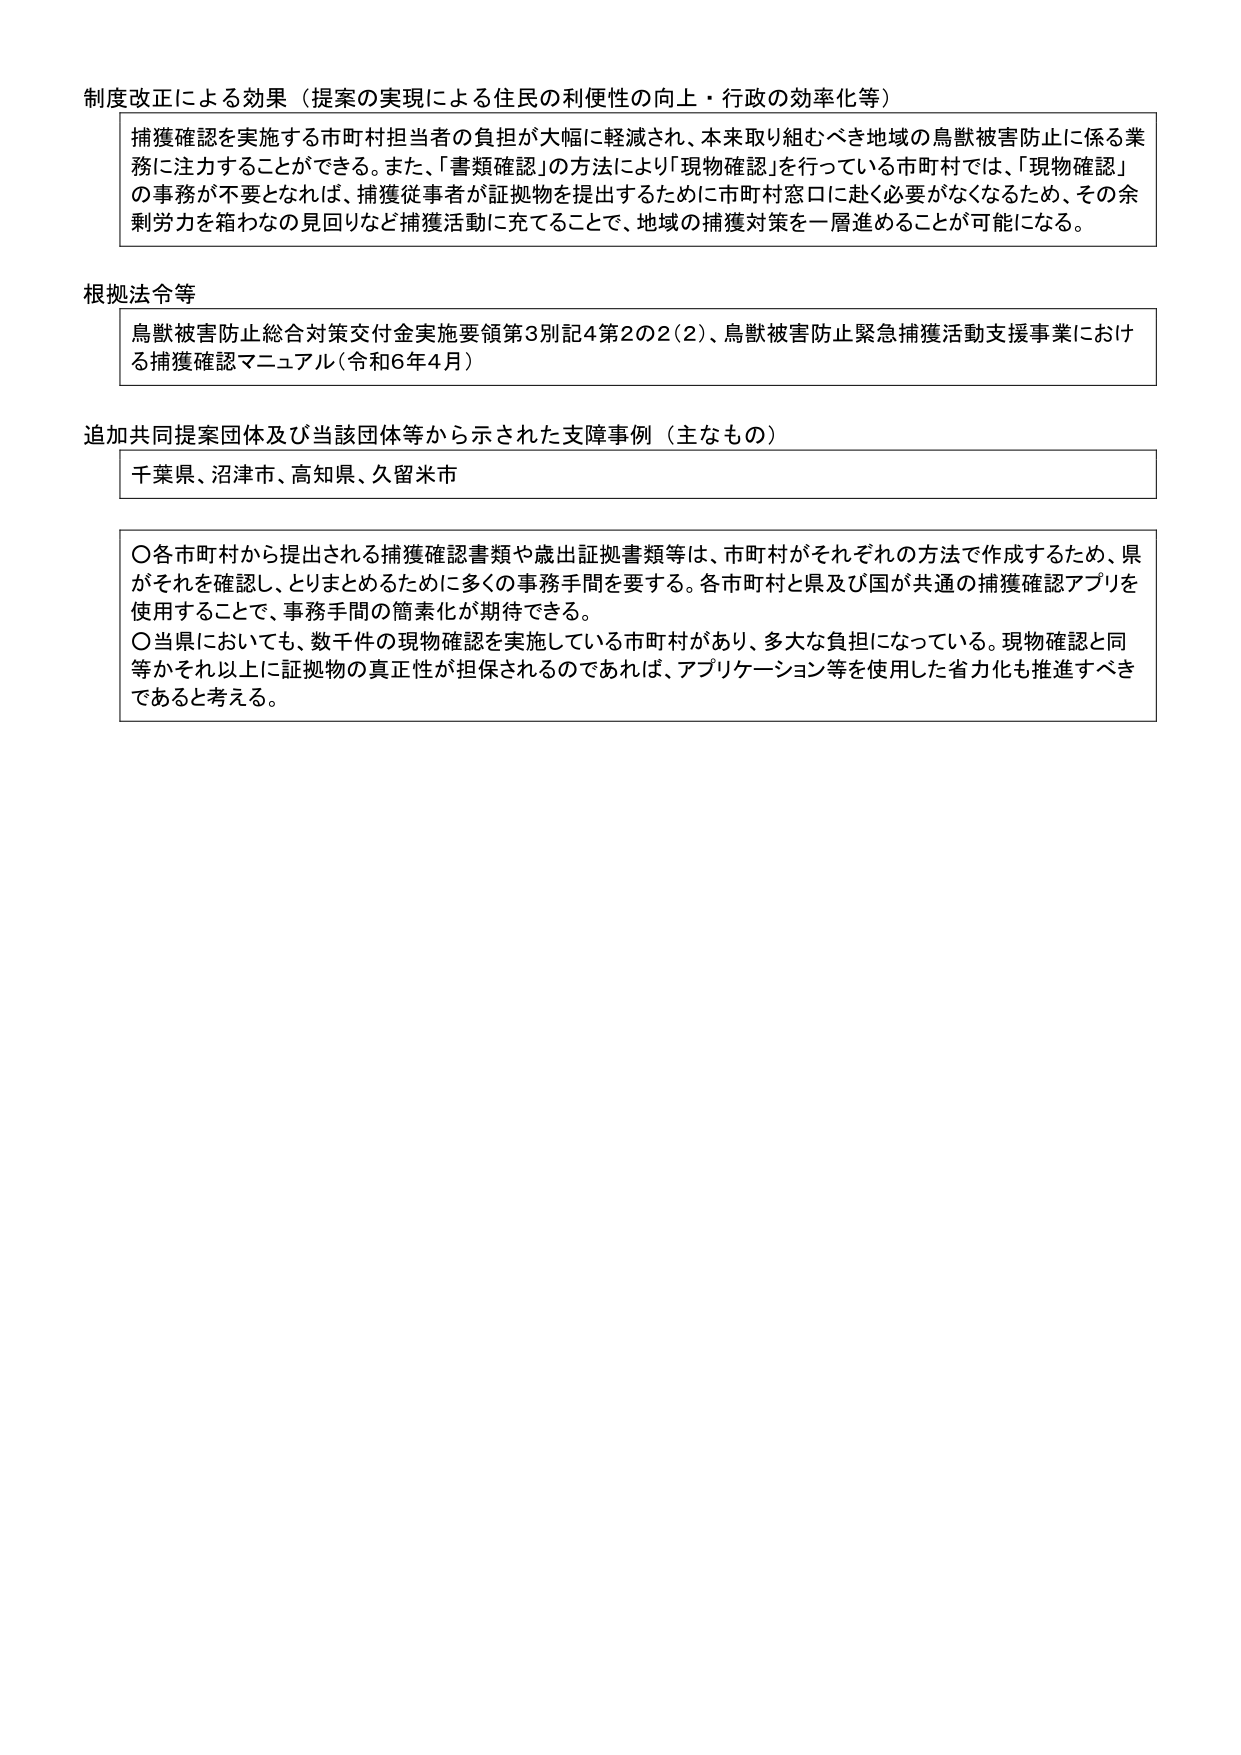
制度改正による効果（提案の実現による住民の利便性の向上・行政の効率化等）

捕獲確認を実施する市町村担当者の負担が大幅に軽減され、本来取り組むべき地域の鳥獣被害防止に係る業務に注力することができる。また、「書類確認」の方法により「現物確認」を行っている市町村では、「現物確認」の事務が不要となれば、捕獲従事者が証拠物を提出するために市町村窓口に赴く必要がなくなるため、その余剰労力を箱わなの見回りなど捕獲活動に充てることで、地域の捕獲対策を一層進めることが可能になる。

根拠法令等

鳥獣被害防止総合対策交付金実施要領第3別記4第2の2（2）、鳥獣被害防止緊急捕獲活動支援事業における捕獲確認マニュアル（令和6年4月）

追加共同提案団体及び当該団体等から示された支障事例（主なもの）

千葉県、沼津市、高知県、久留米市

〇各市町村から提出される捕獲確認書類や歳出証拠書類等は、市町村がそれぞれの方法で作成するため、県がそれを確認し、とりまとめるために多くの事務手間を要する。各市町村と県及び国が共通の捕獲確認アプリを使用することで、事務手間の簡素化が期待できる。
〇当県においても、数千件の現物確認を実施している市町村があり、多大な負担になっている。現物確認と同等かそれ以上に証拠物の真正性が担保されるのであれば、アプリケーション等を使用した省力化も推進すべきであると考える。